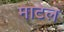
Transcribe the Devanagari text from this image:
माटेल